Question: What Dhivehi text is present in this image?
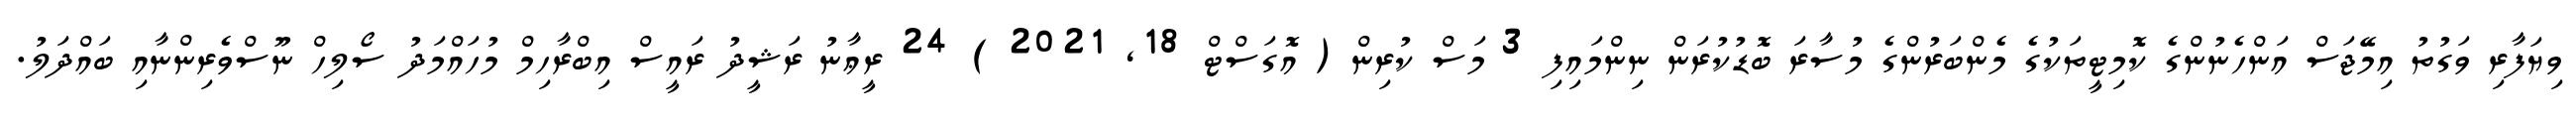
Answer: ވިޔަފާރި ވަގުތު އިމޭޖަސް އަންހެނުންގެ ކޮމިޓީތަކުގެ މެންބަރުންގެ މުސާރަ ބޮޑުކުރަން ނިންމައިފި 3 މަސް ކުރިން ( އޮގަސްޓް 18, 2021 ) 24 ރީޢާނު ރަޝީދު ރައީސް އިބްރާހިމް މުހައްމަދު ސޯލިހް ނޫސްވެރިންނާއި ބައްދަލު.